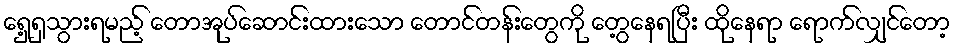
ရှေ့ရှသွားရမည့် တောအုပ်ဆောင်းထားသော တောင်တန်းတွေကို တွေ့နေရပြီး ထိုနေရာ ရောက်လျှင်တော့